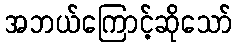
အဘယ်ကြောင့်ဆိုသော်